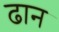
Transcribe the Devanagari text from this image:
ढान